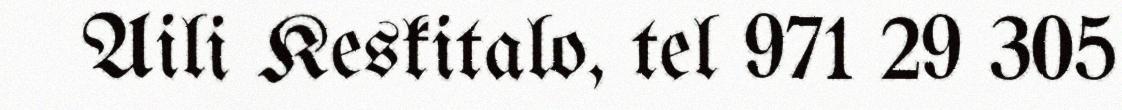
Aili Keskitalo, tel 971 29 305